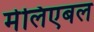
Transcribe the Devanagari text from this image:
मेलिएबल